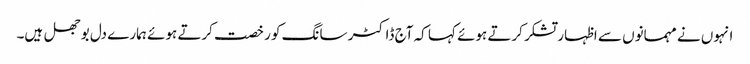
انہوں نے مہمانوں سے اظہار تشکر کرتے ہوئے کہا کہ آج ڈاکٹر سانگ کو رخصت کرتے ہوئے ہمارے دل بوجھل ہیں۔